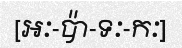
[អៈ-ប៉ា-ទៈ-កៈ]